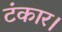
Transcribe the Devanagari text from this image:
टंकार।